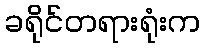
ခရိုင်တရားရုံးက